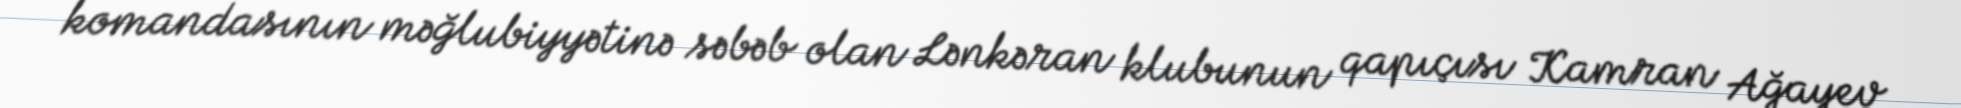
komandasının məğlubiyyətinə səbəb olan Lənkəran klubunun qapıçısı Kamran Ağayev